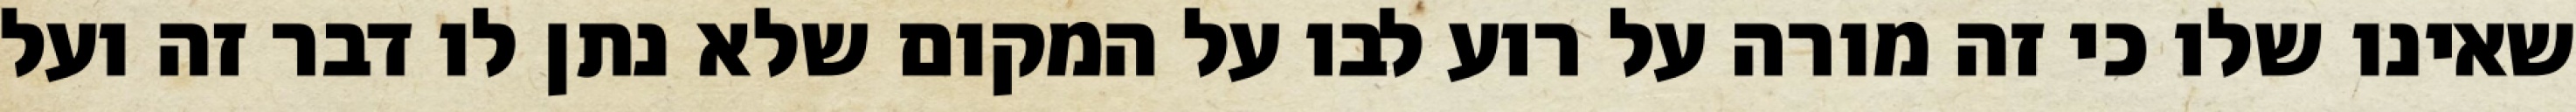
שאינו שלו כי זה מורה על רוע לבו על המקום שלא נתן לו דבר זה ועל